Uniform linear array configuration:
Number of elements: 16
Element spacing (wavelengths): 1
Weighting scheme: kaiser
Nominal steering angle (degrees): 30
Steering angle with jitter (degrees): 29.493
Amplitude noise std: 0.05
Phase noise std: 0.05

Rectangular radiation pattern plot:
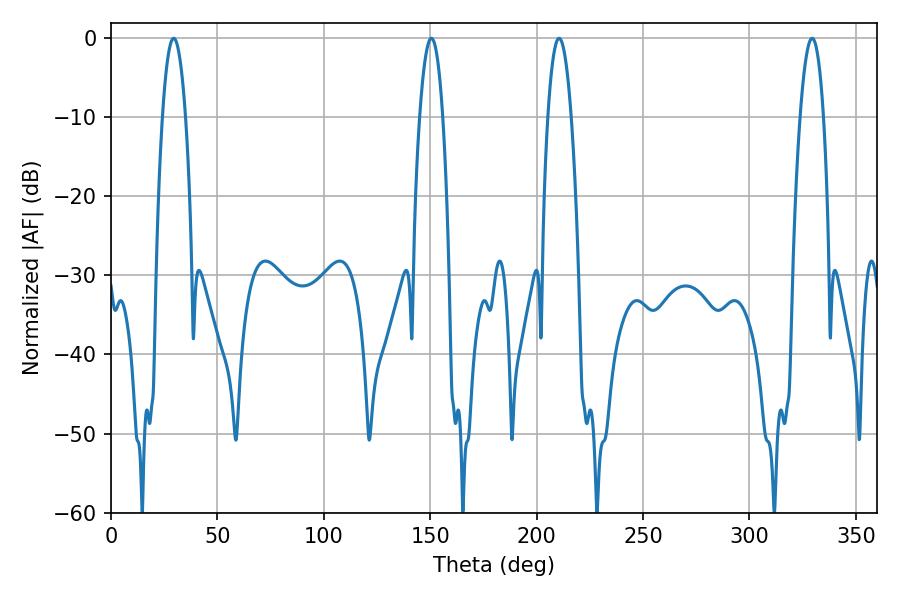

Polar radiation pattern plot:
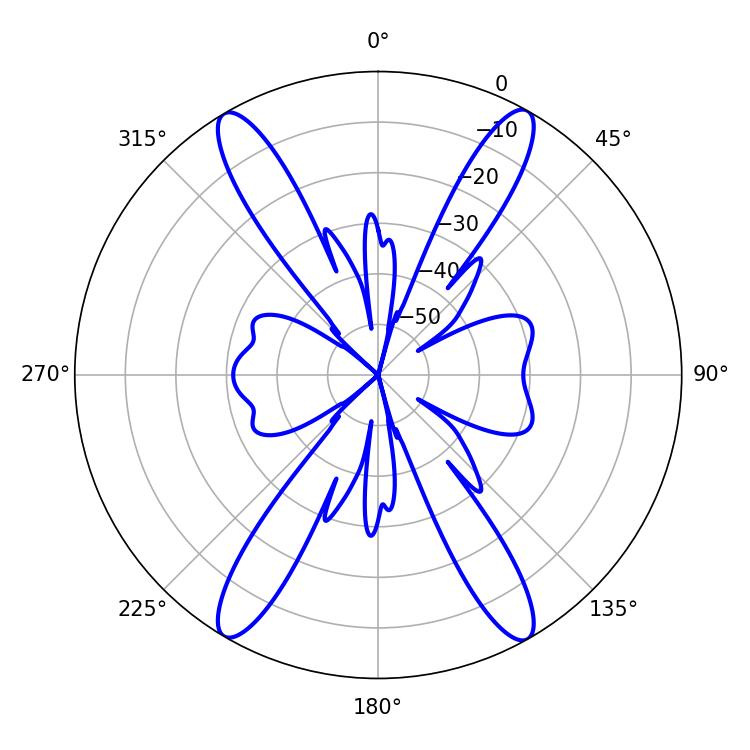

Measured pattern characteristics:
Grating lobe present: TRUE
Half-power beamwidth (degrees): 6.12
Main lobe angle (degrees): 210.6